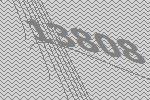
13808